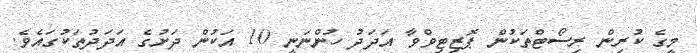
މީގެ ކުރިން ރިސޯޓްތަކުން ޕޮޒިޓިވްވާ އަދަދު ހުންނަނީ 10 އަކުން ދަށުގެ އަދަދުތަކުގައެވެ.